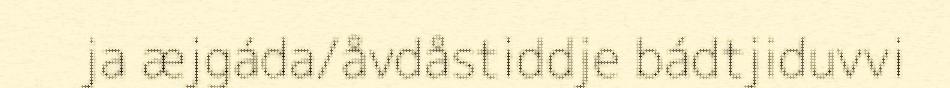
ja æjgáda/åvdåstiddje bádtjiduvvi